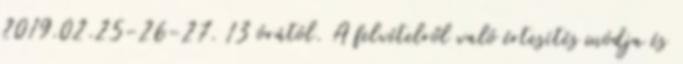
2019.02.25-26-27. 13 órától. A felvételről való értesítés módja és